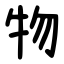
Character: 物